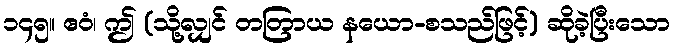
၁၄၅။ ဧဝံ၊ ဤ (သို့လျှင် တတြာယ နယော-စသည်ဖြင့်) ဆိုခဲ့ပြီးသော